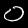
Digit: 0